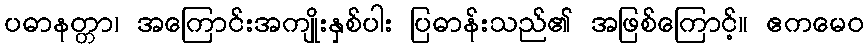
ပဓာနတ္တာ၊ အကြောင်းအကျိုးနှစ်ပါး ပြဓာန်းသည်၏ အဖြစ်ကြောင့်။ ဧကမေဝ